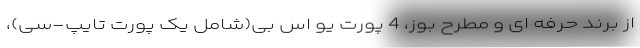
از برند حرفه ای و مطرح بوز، 4 پورت یو اس بی(شامل یک پورت تایپ-سی)،